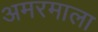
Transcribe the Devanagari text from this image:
अमरमाला